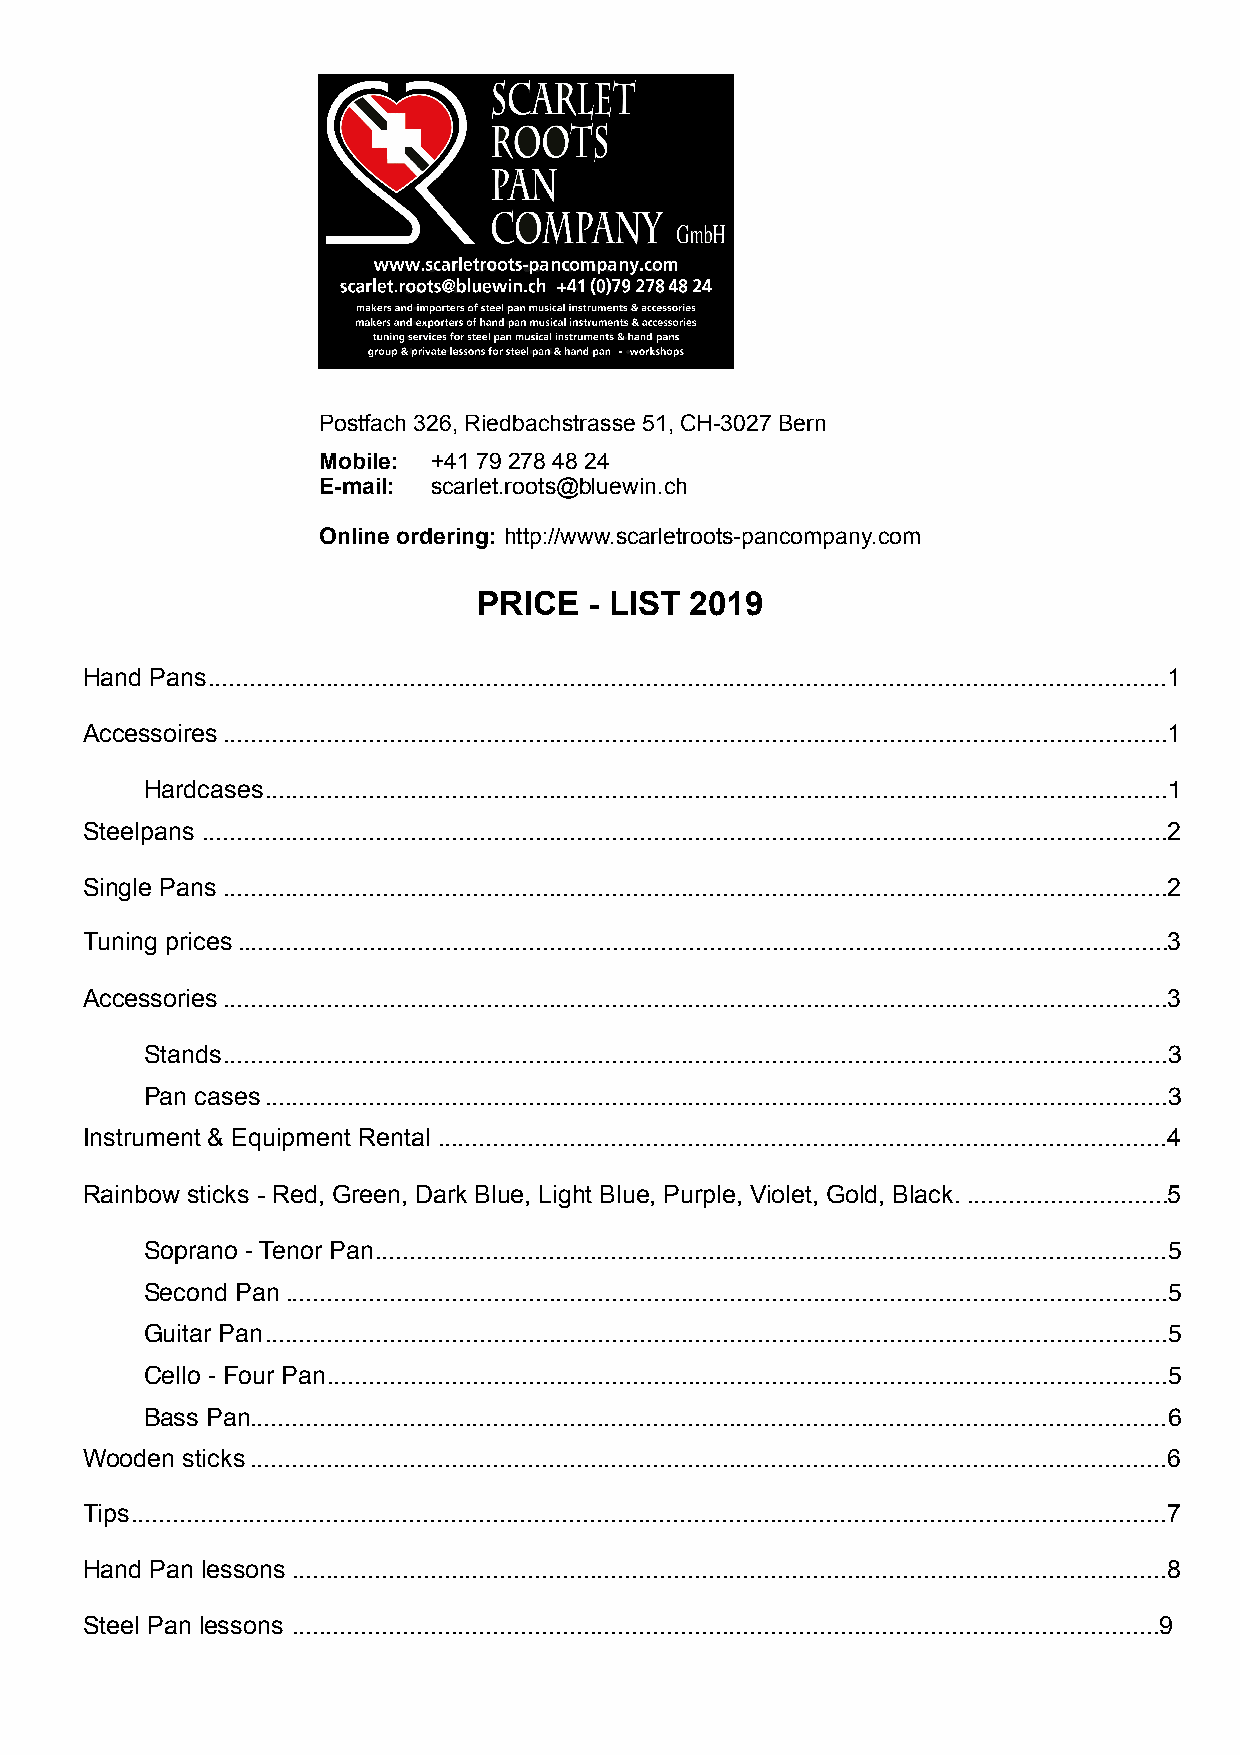
Postfach 326, Riedbachstrasse 51, CH-3027 Bern
 Mobile: +41 79 278 48 24
 E-mail: scarlet.roots@bluewin.ch
 Online ordering: http://www.scarletroots-pancompany.com
 PRICE  - LIST 2019
 Hand Pans ..........................................................................................................................................1
 Accessoires ........................................................................................................................................1
 Hardcases..................................................................................................................................1
 Steelpans ...........................................................................................................................................2
 Single Pans ........................................................................................................................................2
 Tuning prices ......................................................................................................................................3
 Accessories ........................................................................................................................................3
 Stands........................................................................................................................................3
 Pan cases..................................................................................................................................3
 Instrument & Equipment Rental .........................................................................................................4
 Rainbow sticks - Red, Green, Dark Blue, Light Blue, Purple, Violet, Gold, Black. .............................5
 Soprano - Tenor Pan..................................................................................................................5
 Second Pan...............................................................................................................................5
 Guitar Pan..................................................................................................................................5
 Cello - Four Pan.........................................................................................................................5
 Bass Pan....................................................................................................................................6
 Wooden sticks ....................................................................................................................................6
 Tips .....................................................................................................................................................7
 Hand Pan lessons ..............................................................................................................................8
 Steel Pan lessons .............................................................................................................................9